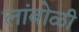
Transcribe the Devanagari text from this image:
लांबोळी